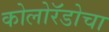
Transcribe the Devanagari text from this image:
कोलोरॅडोचा